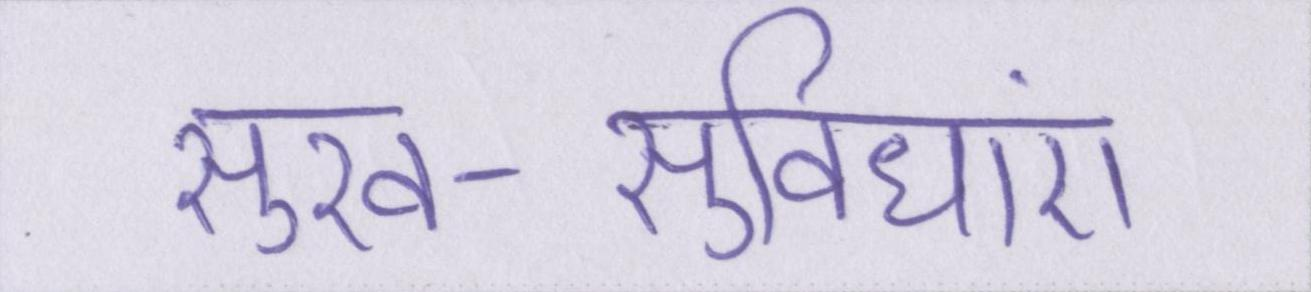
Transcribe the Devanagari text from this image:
सुख-सुविधाएं